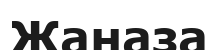
Жаназа